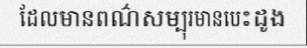
ដែលមានពណ៌សម្បុរមានបេះដូង